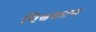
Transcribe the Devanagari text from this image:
पिचकान